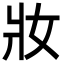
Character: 妝